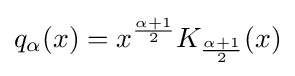
q_{\alpha }(x)=x^{\frac {\alpha +1}{2}}K_{\frac {\alpha +1}{2}}(x)